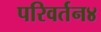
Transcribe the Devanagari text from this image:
परिवर्तन४